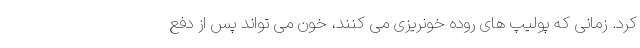
کرد. زمانی که پولیپ های روده خونریزی می کنند، خون می تواند پس از دفع